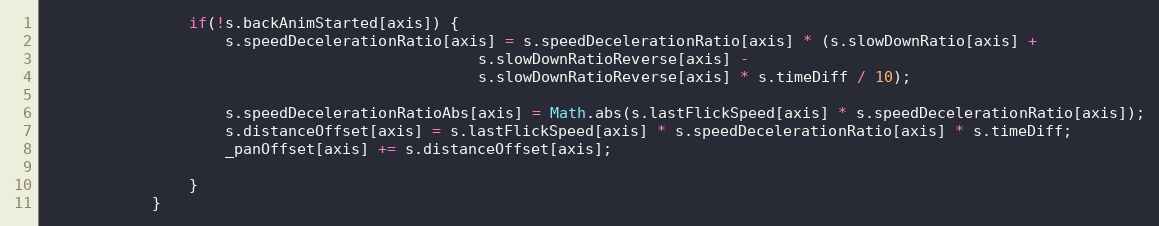
Language: JavaScript
				if(!s.backAnimStarted[axis]) {
					s.speedDecelerationRatio[axis] = s.speedDecelerationRatio[axis] * (s.slowDownRatio[axis] +
												s.slowDownRatioReverse[axis] -
												s.slowDownRatioReverse[axis] * s.timeDiff / 10);

					s.speedDecelerationRatioAbs[axis] = Math.abs(s.lastFlickSpeed[axis] * s.speedDecelerationRatio[axis]);
					s.distanceOffset[axis] = s.lastFlickSpeed[axis] * s.speedDecelerationRatio[axis] * s.timeDiff;
					_panOffset[axis] += s.distanceOffset[axis];

				}
			}